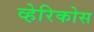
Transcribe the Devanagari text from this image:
व्हेरिकोस